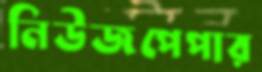
নিউজপেপার